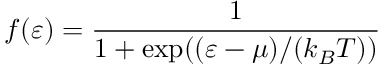
f ( \varepsilon ) = \frac { 1 } { 1 + \exp ( ( \varepsilon - \mu ) / ( k _ { B } T ) ) }